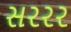
સરરર